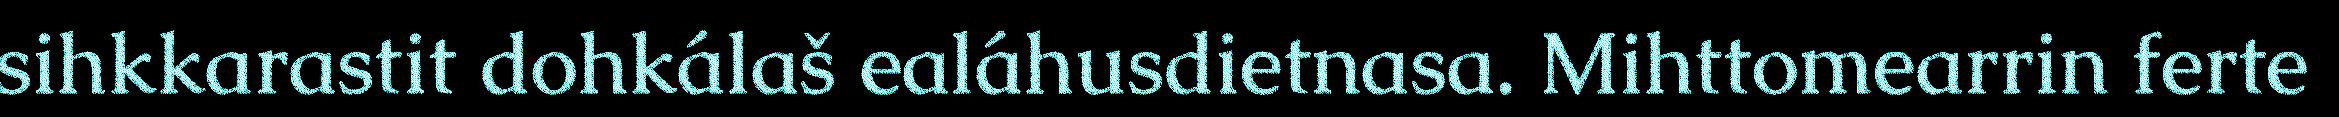
sihkkarastit dohkálaš ealáhusdietnasa. Mihttomearrin ferte